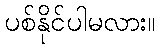
ပစ်နိုင်ပါမလား။